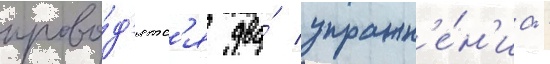
прово́д'ятс'я два́ упражн'е́н'иа -